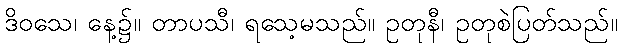
ဒိဝသေ၊ နေ့၌။ တာပသီ၊ ရသေ့မသည်။ ဥတုနီ၊ ဥတုစဲပြတ်သည်။